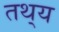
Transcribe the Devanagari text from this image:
तथ्‌य